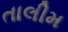
તાલીમ